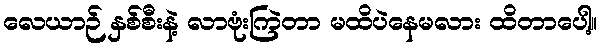
လေယာဉ် နှစ်စီးနဲ့ လာဗုံးကြဲတာ မထိပဲနေမလား ထိတာပေါ့။